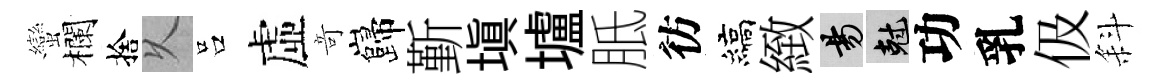
蠻欄捨乆吕虛竒巋斳填壚胝彷縞緻昜剋功乳伋斜